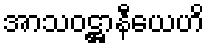
အာသဝဋ္ဌာနီယေဟိ